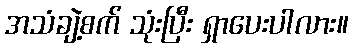
အသံချဲ့စက် သုံးပြီး ရှာပေးပါလား။